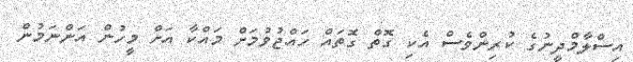
އިސްލާމްދީނުގެ ކުރިންވެސް އެކި ގޮތް ގޮތައް ހައްޖުވުމަށް މައްކާ އަށް މީހުން އަންނަމުން